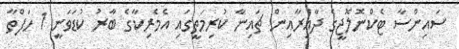
ސައިންސާ ޓެކްނޮލޮޖީގެ ދާއިރާއިން ޗައިނާ ކުރިމަތީގައި އެމެރިކާގެ ބާރު ކުޑަވަނީ 1 ހަފްތާ